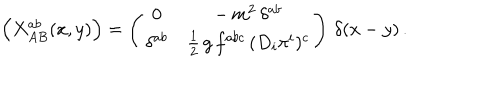
LaTeX: \Bigl ( X _ { A B } ^ { a b } ( x , y ) \Bigr ) = \left( \begin{array} { c c } { { 0 } } & { { - \, m ^ { 2 } \, \delta ^ { a b } } } \\ { { \delta ^ { a b } } } & { { \frac { 1 } { 2 } \, g \, f ^ { a b c } \, ( D _ { i } \pi ^ { i } ) ^ { c } } } \\ \end{array} \right) \, \delta ( x - y ) \, .